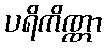
ပရိကိဏ္ဏာ